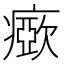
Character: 𤺘